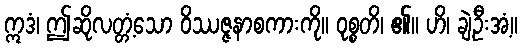
ဣဒံ၊ ဤဆိုလတ္တံ့သော ဝိဿဇ္ဇနာစကားကို။ ဝုစ္စတိ၊ ၏။ ဟိ၊ ချဲ့ဦးအံ့။